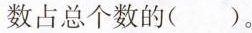
数占总个数的( )。